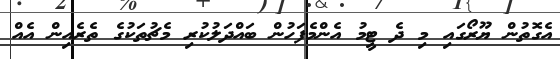
އެގޮތުން ޔޫރޯގައި މި ދެ ޓީމު އެންމެފަހުން ބައްދަލުކުރި މެޗުތަކުގެ ތެރެއިން އެއް